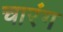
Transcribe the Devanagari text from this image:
चारंग